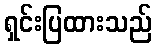
ရှင်းပြထားသည်